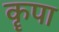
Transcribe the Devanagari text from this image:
कॄपा